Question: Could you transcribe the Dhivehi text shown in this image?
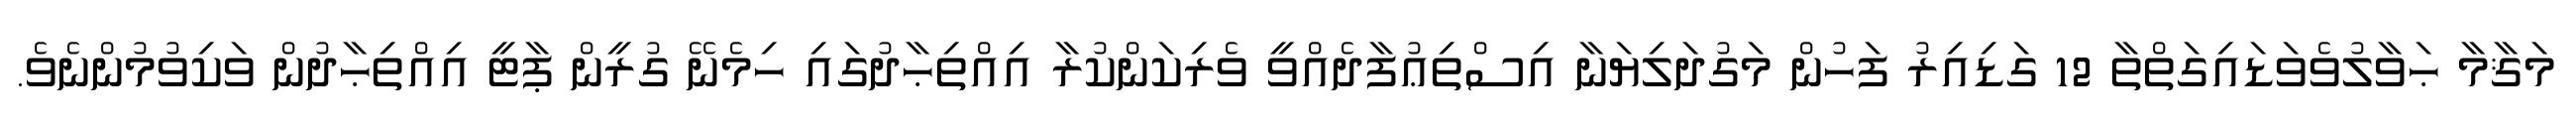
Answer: މަޤާމާ ޙަވާލުވެވަޑައިގަތްތާ 12 ގަޑިއިރު ފަހުން މަގުދަލިޔަނާ އިސްތިޢުފާދެއްވީ ވެރިކަންކުރާ އިއްތިޙާދުގައި ހިމެނޭ ގުރީން ޕާޓީ އިއްތިޙާދުން ވަކިވުމުންނެވެ.